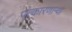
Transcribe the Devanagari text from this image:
पत्कारणाऱ्या